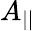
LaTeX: A_{||}